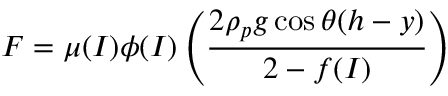
F = \mu ( I ) \phi ( I ) \left( \frac { 2 \rho _ { p } g \cos \theta ( h - y ) } { 2 - f ( I ) } \right)